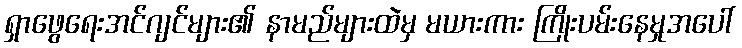
ရှာဖွေရေးအင်ဂျင်များ၏ နာမည်များထဲမှ မယားကား ကြိုးပမ်းနေမှုအပေါ်